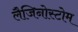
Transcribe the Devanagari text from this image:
लैजिनोस्टोम